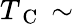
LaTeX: T_{\mathrm{~C~}}\sim